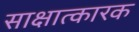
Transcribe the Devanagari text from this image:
साक्षात्कारक